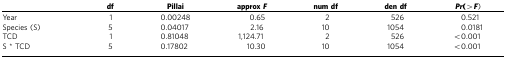
<table><thead><tr><td><b> </b></td><td><b>df</b></td><td><b>Pillai</b></td><td><b>approx<i>F</i></b></td><td><b>num df</b></td><td><b>den df</b></td><td><b><i>Pr</i>(&gt;<i>F</i>)</b></td></tr></thead><tbody><tr><td>Year</td><td>1</td><td>0.00248</td><td>0.65</td><td>2</td><td>526</td><td>0.521</td></tr><tr><td>Species (S)</td><td>5</td><td>0.04017</td><td>2.16</td><td>10</td><td>1054</td><td>0.0181</td></tr><tr><td>TCD</td><td>1</td><td>0.81048</td><td>1,124.71</td><td>2</td><td>526</td><td>&lt;0.001</td></tr><tr><td>S * TCD</td><td>5</td><td>0.17802</td><td>10.30</td><td>10</td><td>1054</td><td>&lt;0.001</td></tr></tbody></table>